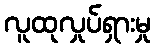
လူထုလှုပ်ရှားမှု